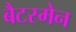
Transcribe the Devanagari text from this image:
बैटस्मेन